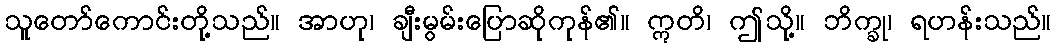
သူတော်ကောင်းတို့သည်။ အာဟု၊ ချီးမွမ်းပြောဆိုကုန်၏။ ဣတိ၊ ဤသို့။ ဘိက္ခု၊ ရဟန်းသည်။